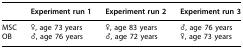
|  | Experiment run 1 | Experiment run 2 | Experiment run 3 |
 | --- | --- | --- | --- |
 | MSC | ♀, age 73 years | ♀, age 83 years | ♂, age 76 years |
 | OB | ♂, age 76 years | ♂, age 72 years | ♀, age 73 years |